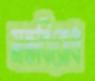
মতবিরোধ